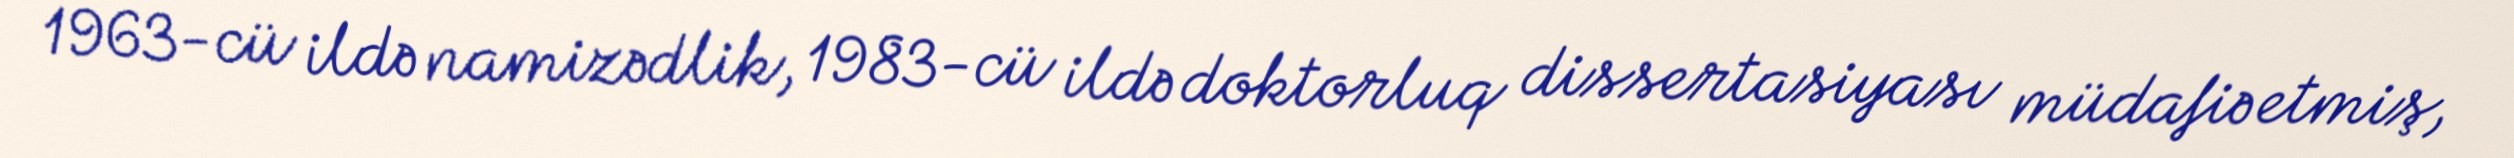
1963-cü ildə namizədlik, 1983-cü ildə doktorluq dissertasiyası müdafiə etmiş,